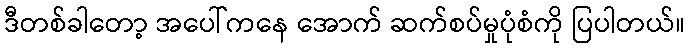
ဒီတစ်ခါတော့ အပေါ်ကနေ အောက် ဆက်စပ်မှုပုံစံကို ပြပါတယ်။